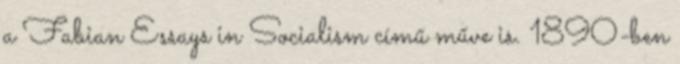
a Fabian Essays in Socialism című műve is. 1890-ben